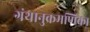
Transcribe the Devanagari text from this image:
ग्रंथानुक्रमणिका